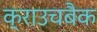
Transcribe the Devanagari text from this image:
क्राउचबैक